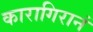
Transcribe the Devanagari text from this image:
कारागिरानं